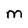
Character: m